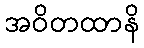
အဝိတထာနိ